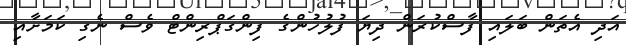
އަދި އެތަން ބަލައި ފާސްކުރަން ދިޔަ ފުލުހުންގެ ފިންގަޕްރިންޓް ވެސް ނެގި ކަމަށާއި